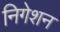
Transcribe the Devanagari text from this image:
निगेशन